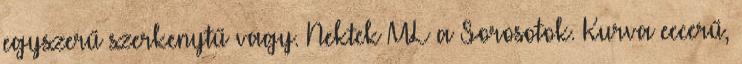
egyszerű szerkenytű vagy. Nektek ML a Sorosotok. Kurva eccerű,